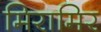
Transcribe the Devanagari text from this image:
मिरामिर